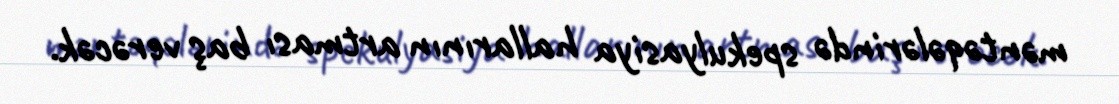
məntəqələrində spekulyasiya hallarının artması baş verəcək.